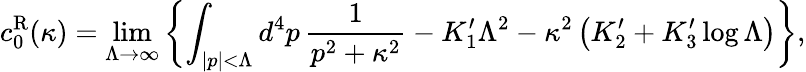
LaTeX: c_{0}^{\mathrm{R}}(\kappa)=\operatorname*{lim}_{\Lambda\to\infty}\left\{ \int_{|p|<\Lambda}d^{4}p\, {\frac{1}{p^{2}+\kappa^{2}}}-K_{1}^{\prime}\Lambda^{2}-\kappa^{2}\left(K_{2}^{\prime}+K_{3}^{\prime}\log\Lambda\right)\right\} ,